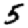
Digit: 5